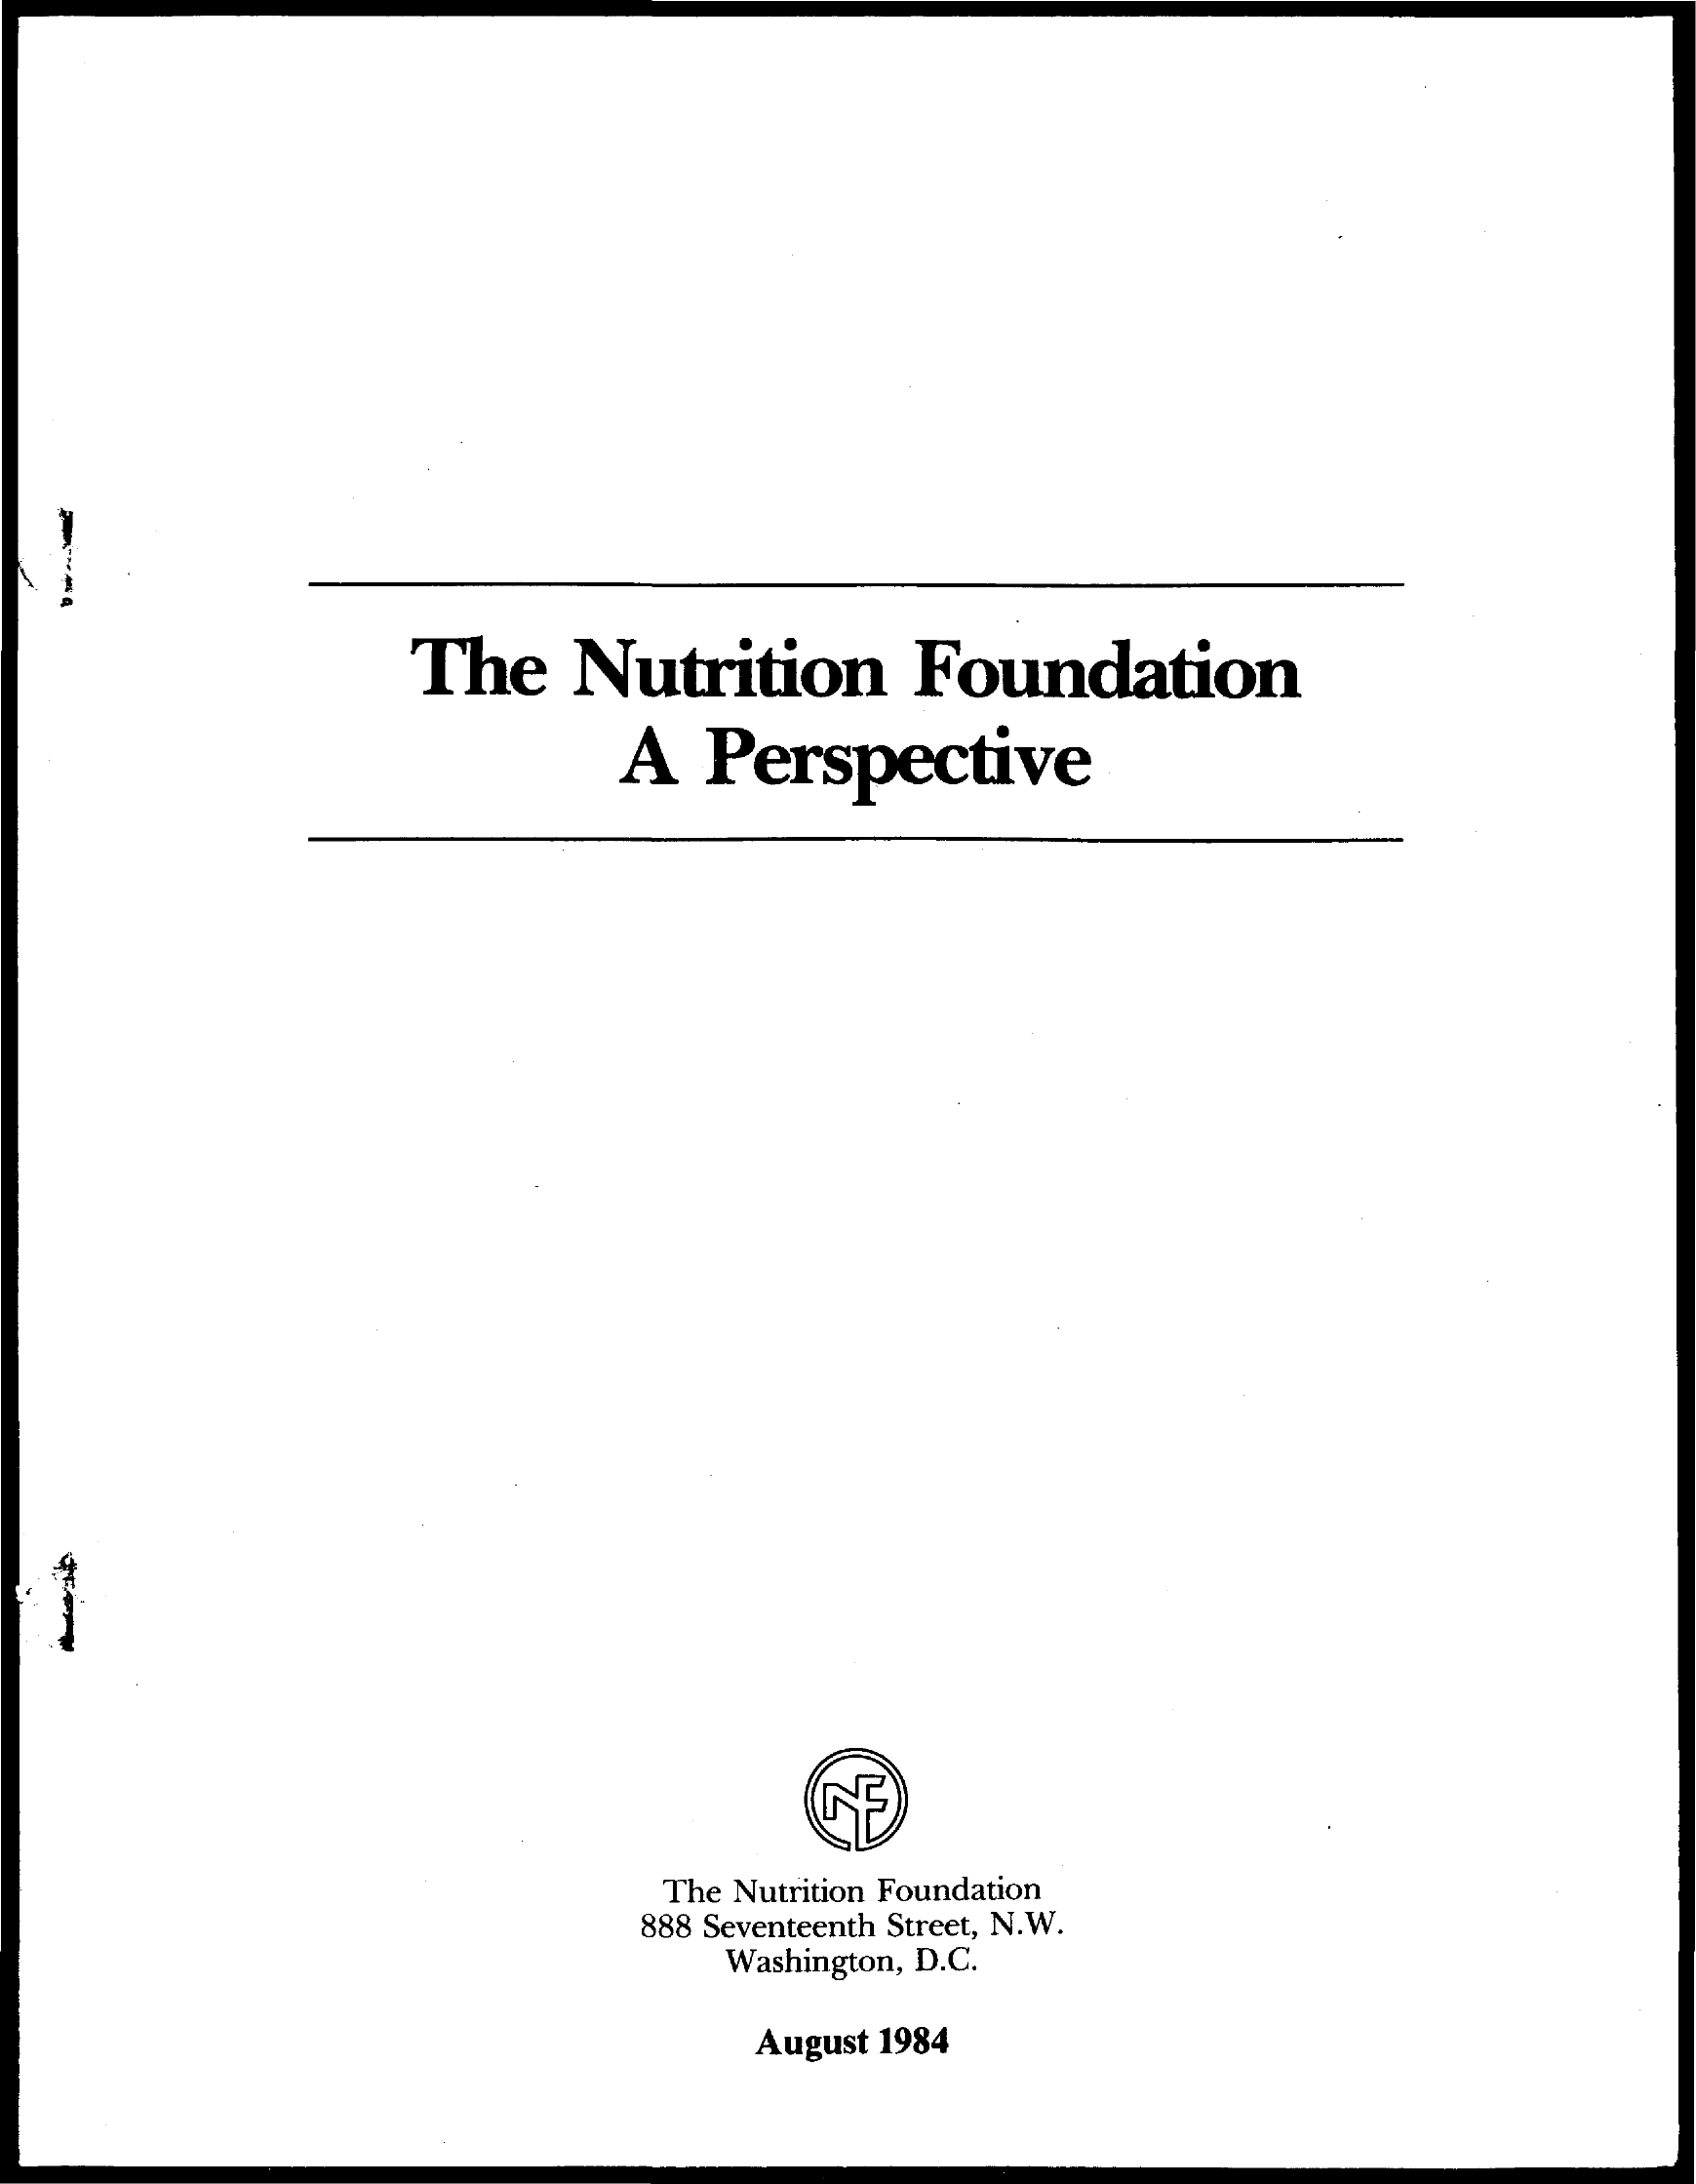
The    Nutrition    Foundation
     A   Perspective
     The Nutrition Foundation
     888 Seventeenth Street, N.W.
     Washington, D.C.
     August 1984